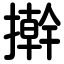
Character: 擀